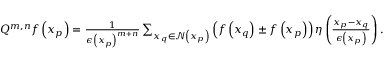
\begin{array} { r } { Q ^ { m , n } f \left( x _ { p } \right) = \frac { 1 } { \epsilon \left( x _ { p } \right) ^ { m + n } } \sum _ { x _ { q } \in \mathcal { N } \left( x _ { p } \right) } \left( f \left( x _ { q } \right) \pm f \left( x _ { p } \right) \right) \eta \left( \frac { x _ { p } - x _ { q } } { \epsilon \left( x _ { p } \right) } \right) . } \end{array}